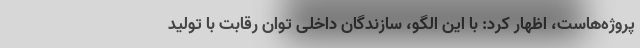
پروژه‌هاست، اظهار کرد: با این الگو، سازندگان داخلی توان رقابت با تولید